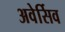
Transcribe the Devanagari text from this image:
अवेर्सिव